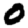
Digit: 0